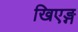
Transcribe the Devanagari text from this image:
खिएङ्ग